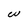
Character: W